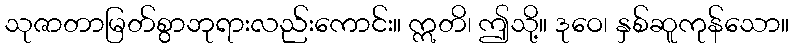
သုဇာတာမြတ်စွာဘုရားလည်းကောင်း။ ဣတိ၊ ဤသို့။ ဒုဝေ၊ နှစ်ဆူကုန်သော။